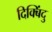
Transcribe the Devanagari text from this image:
दिक्बिंदु